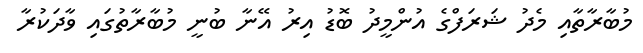
މުބާރާތާއި މެދު ޝަރަފްގެ އުންމީދު ބޮޑު އިރު އޭނާ ބުނީ މުބާރާތުގައި ވާދަކުރާ